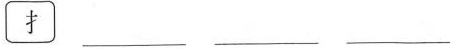
扌 ___ ___ ___